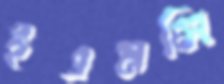
ইএমসি